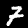
Label: 7